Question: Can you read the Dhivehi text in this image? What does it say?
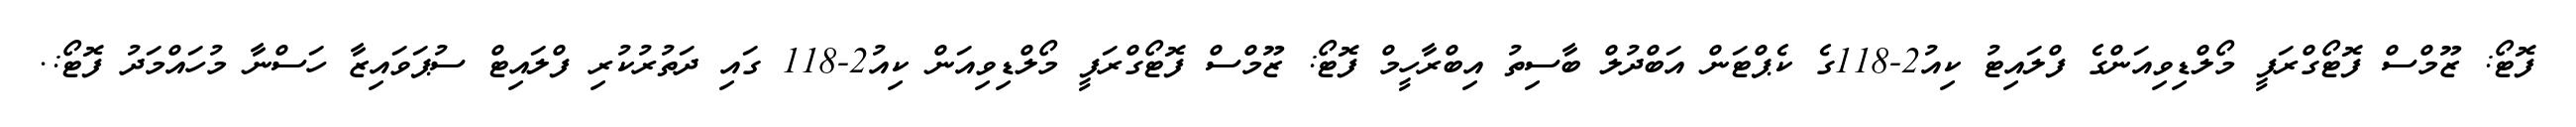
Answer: ފޮޓޯ: ޒޫމްސް ފޮޓޯގްރަފީ މޯލްޑިވިއަންގެ ފްލައިޓު ކިއު2-118ގެ ކެޕްޓަން އަބްދުލް ބާސިތު އިބްރާހީމް ފޮޓޯ: ޒޫމްސް ފޮޓޯގްރަފީ މޯލްޑިވިއަން ކިއު2-118 ގައި ދަތުރުކުރި ފްލައިޓް ސުޕަވައިޒާ ހަސްނާ މުހައްމަދު ފޮޓޯ:.